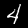
Label: 4